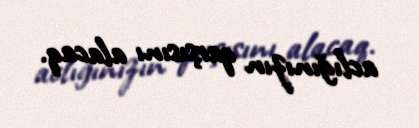
aclığınızın qarşısını alacaq.